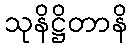
သုနိဋ္ဌိတာနိ